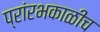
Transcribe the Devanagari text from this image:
प्रांरभकाळीच